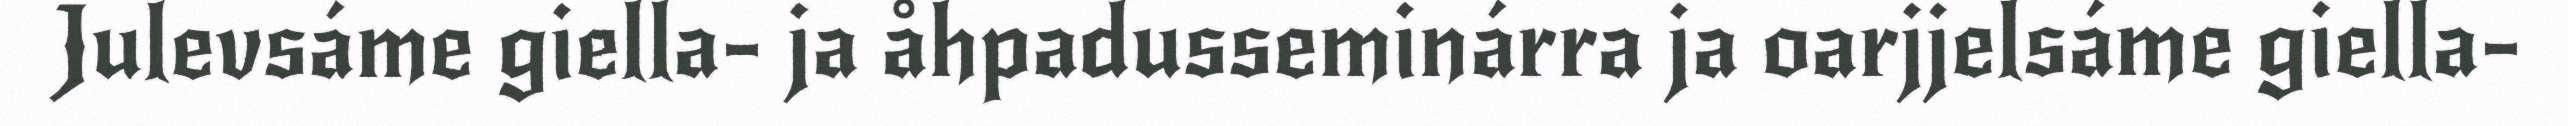
Julevsáme giella- ja åhpadusseminárra ja oarjjelsáme giella-